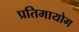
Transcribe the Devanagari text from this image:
प्रतिमायोग